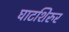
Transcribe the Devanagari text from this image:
घाटशिरुर